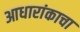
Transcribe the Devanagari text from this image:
आधारांकाचा